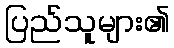
ပြည်သူများ၏